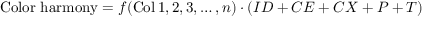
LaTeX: { \mathrm { C o l o r ~ h a r m o n y } } = f ( \operatorname { C o l } 1 , 2 , 3 , \dots , n ) \cdot ( I D + C E + C X + P + T )